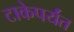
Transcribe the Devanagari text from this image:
टाकेपर्यंत